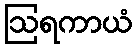
ဩရကာယံ